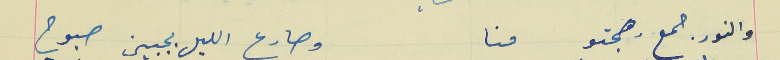
والنور جمع رهجتو  منا                                                وصارع الليل بجبين صبوح